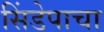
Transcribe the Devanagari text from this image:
सिंडेपाचा